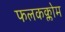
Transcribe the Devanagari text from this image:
फलकक्लोम